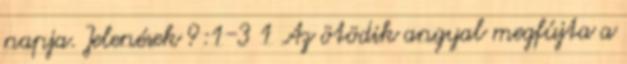
napja. Jelenések 9:1-3 1 Az ötödik angyal megfújta a